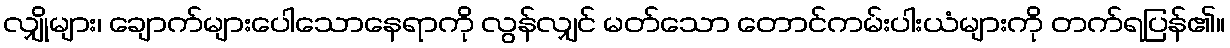
လျှိုများ၊ ချောက်များပေါသောနေရာကို လွန်လျှင် မတ်သော တောင်ကမ်းပါးယံများကို တက်ရပြန်၏။